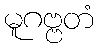
မူဂဗ္ဗတံ